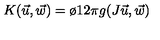
K ( \vec { u } , \vec { w } ) = \o { 1 } { 2 \pi } g ( J \vec { u } , \vec { w } )